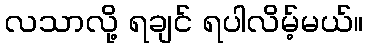
လသာလို့ ရချင် ရပါလိမ့်မယ်။